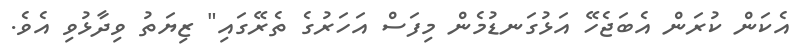
އެކަން ކުރަން އެބަޖެހޭ އަޅުގަނޑުމެން މިފަސް އަހަރުގެ ތެރޭގައި" ޒިޔަތު ވިދާޅުވި އެވެ.